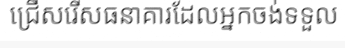
ជ្រើសរើសធនាគារដែលអ្នកចង់ទទួល